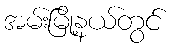
အမ်းမြို့နယ်တွင်